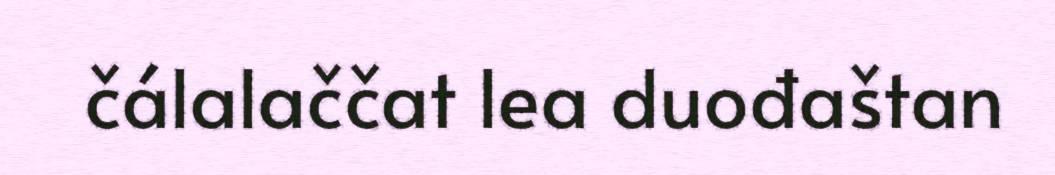
čálalaččat lea duođaštan